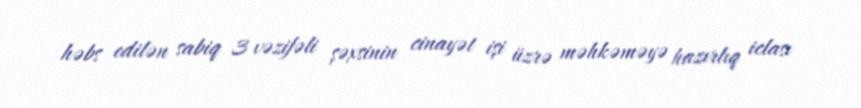
həbs edilən sabiq 3 vəzifəli şəxsinin cinayət işi üzrə məhkəməyə hazırlıq iclası